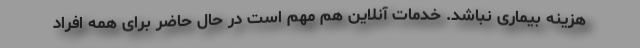
هزینه بیماری نباشد. خدمات آنلاین هم مهم است در حال حاضر برای همه افراد